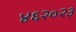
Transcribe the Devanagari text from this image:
४६२०२३